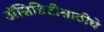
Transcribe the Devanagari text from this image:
अॅसिडिटीसाठीचे